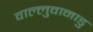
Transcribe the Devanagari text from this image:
वाल्लुवानाडु